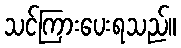
သင်ကြားပေးရသည်။